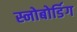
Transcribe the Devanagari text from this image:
स्नोबोर्डिग